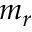
m _ { r }